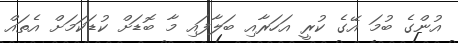
އުންގެ ބުމަ އޭގެ ކުރީ އަހަރާއި ބަލާފައި މާ ބޮޑަށް ކުޑަކަމަށް އެތައް